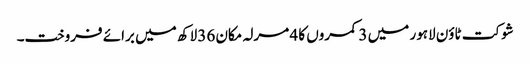
شوکت ٹاؤن لاہور میں 3 کمروں کا 4 مرلہ مکان 36 لاکھ میں برائے فروخت۔